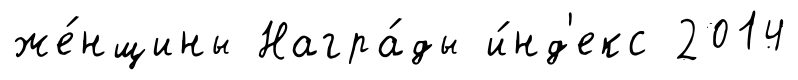
же́нщины Награ́ды и́нд'екс 2014